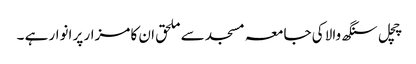
چچل سنگھ والا کی جامعہ مسجد سے ملحق ان کا مزار پر انوار ہے ۔